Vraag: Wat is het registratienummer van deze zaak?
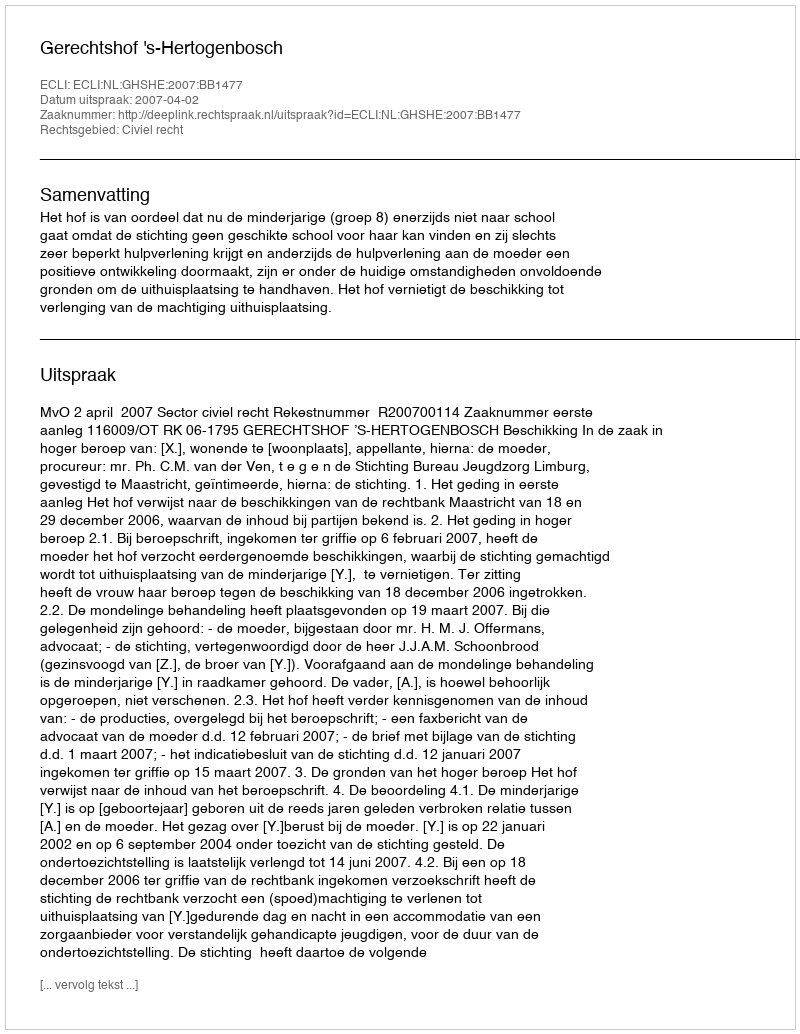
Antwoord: http://deeplink.rechtspraak.nl/uitspraak?id=ECLI:NL:GHSHE:2007:BB1477